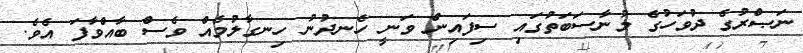
ނަޞްރުގެ ދުވަހުގެ މުނާސަބަތުގައި ސިފައިން ވަނީ ހެނދުނު ހިނގާލުމެއް ވެސް ބާއްވާފަ އެވެ.